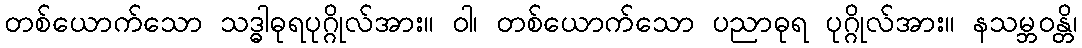
တစ်ယောက်သော သဒ္ဓါဓုရပုဂ္ဂိုလ်အား။ ဝါ၊ တစ်ယောက်သော ပညာဓုရ ပုဂ္ဂိုလ်အား။ နသမ္ဘဝန္တိ၊